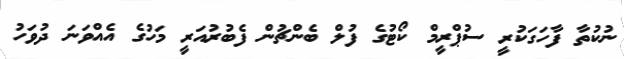
ނުކުތާ ފާހަގަކުރީ ސުޕްރީމް ކޯޓުގެ ފުލް ބެންޗުން ފެބުރުއަރީ މަހުގެ އެއްވަނަ ދުވަހު